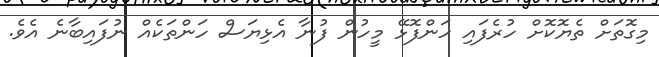
މިގޮތަށް ތެޔޮކޮށް ހުރެފައި ހަންފޮޅޭ މީހުން ފުނާ އެޅިޔަސް ހަންތަކެއް ނުފައިބާނެ އެވެ.